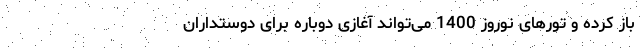
باز کرده و تورهای نوروز 1400 می‌تواند آغازی دوباره برای دوستداران